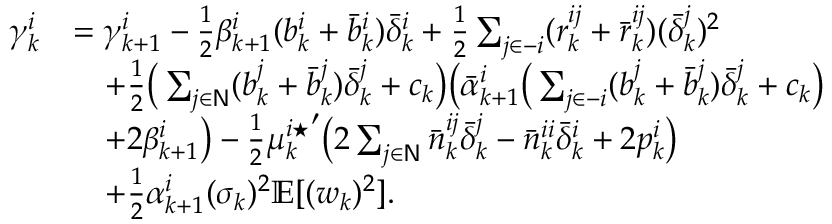
\begin{array} { r l } { \gamma _ { k } ^ { i } } & { = \gamma _ { k + 1 } ^ { i } - \frac { 1 } { 2 } \beta _ { k + 1 } ^ { i } ( b _ { k } ^ { i } + \bar { b } _ { k } ^ { i } ) \bar { \delta } _ { k } ^ { i } + \frac { 1 } { 2 } \sum _ { j \in - i } ( r _ { k } ^ { i j } + \bar { r } _ { k } ^ { i j } ) ( \bar { \delta } _ { k } ^ { j } ) ^ { 2 } } \\ & { \quad + \frac { 1 } { 2 } \big ( \sum _ { j \in \mathsf { N } } ( b _ { k } ^ { j } + \bar { b } _ { k } ^ { j } ) \bar { \delta } _ { k } ^ { j } + c _ { k } \big ) \big ( \bar { \alpha } _ { k + 1 } ^ { i } \big ( \sum _ { j \in - i } ( b _ { k } ^ { j } + \bar { b } _ { k } ^ { j } ) \bar { \delta } _ { k } ^ { j } + c _ { k } \big ) } \\ & { \quad + 2 \beta _ { k + 1 } ^ { i } \big ) - \frac { 1 } { 2 } { \mu _ { k } ^ { i \star } } ^ { \prime } \big ( 2 \sum _ { j \in \mathsf { N } } \bar { n } _ { k } ^ { i j } \bar { \delta } _ { k } ^ { j } - \bar { n } _ { k } ^ { i i } \bar { \delta } _ { k } ^ { i } + 2 p _ { k } ^ { i } \big ) } \\ & { \quad + \frac { 1 } { 2 } \alpha _ { k + 1 } ^ { i } ( \sigma _ { k } ) ^ { 2 } \mathbb { E } [ ( w _ { k } ) ^ { 2 } ] . } \end{array}